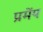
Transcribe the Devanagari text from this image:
प्रमेंय